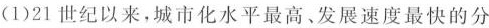
(1)21世纪以来，城市化水平最高、发展速度最快的分